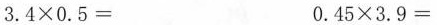
$$3 . 4 \times 0 . 5 =$$ $$0 . 4 5 \times 3 . 9 =$$